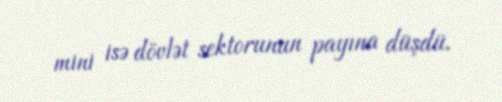
mini isə dövlət sektorunun payına düşdü.